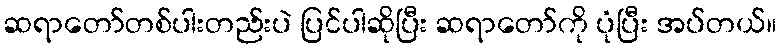
ဆရာတော်တစ်ပါးတည်းပဲ ပြင်ပါဆိုပြီး ဆရာတော်ကို ပုံပြီး အပ်တယ်။